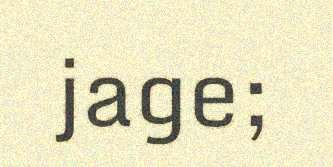
jage;